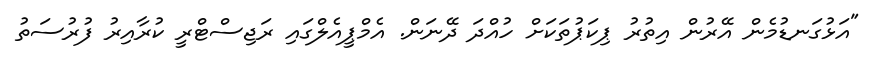
"އަޅުގަނޑުމެން އޭރުން އިތުރު ޕިކަޕުތަކަށް ހުއްދަ ދޭނަން. އެމްޕީއެލްގައި ރަޖިސްޓްރީ ކުރާއިރު ފުރުސަތު